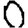
Digit: 0